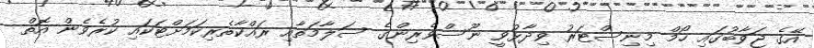
އޭގެ ޖަވާބުގައި ހޯމް މިނިސްޓަރު ވިދާޅުވީ ނޫސްވެރިންގެ ސަލާމަތާއި ރައްކާތެރިކަމަށްޓަކައި ކުރެވެން އޮތް